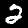
Label: 2